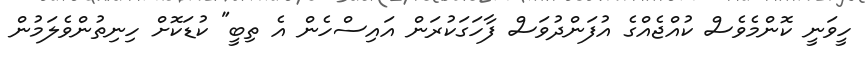
ހީވަނީ ކޮންމެވެސް ކުއްޖެއްގެ އުފަންދުވަސް ފާހަގަކުރަން އައިސްހެން އެ ތިބީ" ކުޑަކޮށް ހިނިތުންވެލަމުން